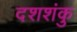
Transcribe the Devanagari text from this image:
दशशंकु